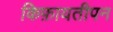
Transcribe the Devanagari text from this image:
किफ़ायतीपन